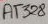
Text: AT328